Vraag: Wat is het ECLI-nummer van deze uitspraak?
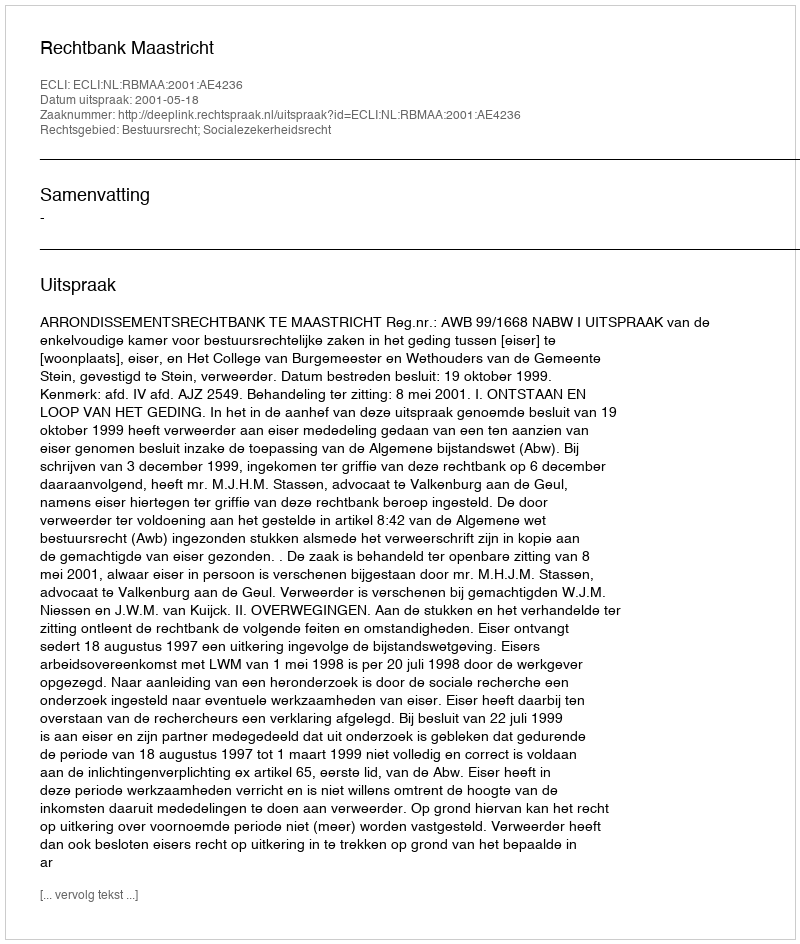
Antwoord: ECLI:NL:RBMAA:2001:AE4236